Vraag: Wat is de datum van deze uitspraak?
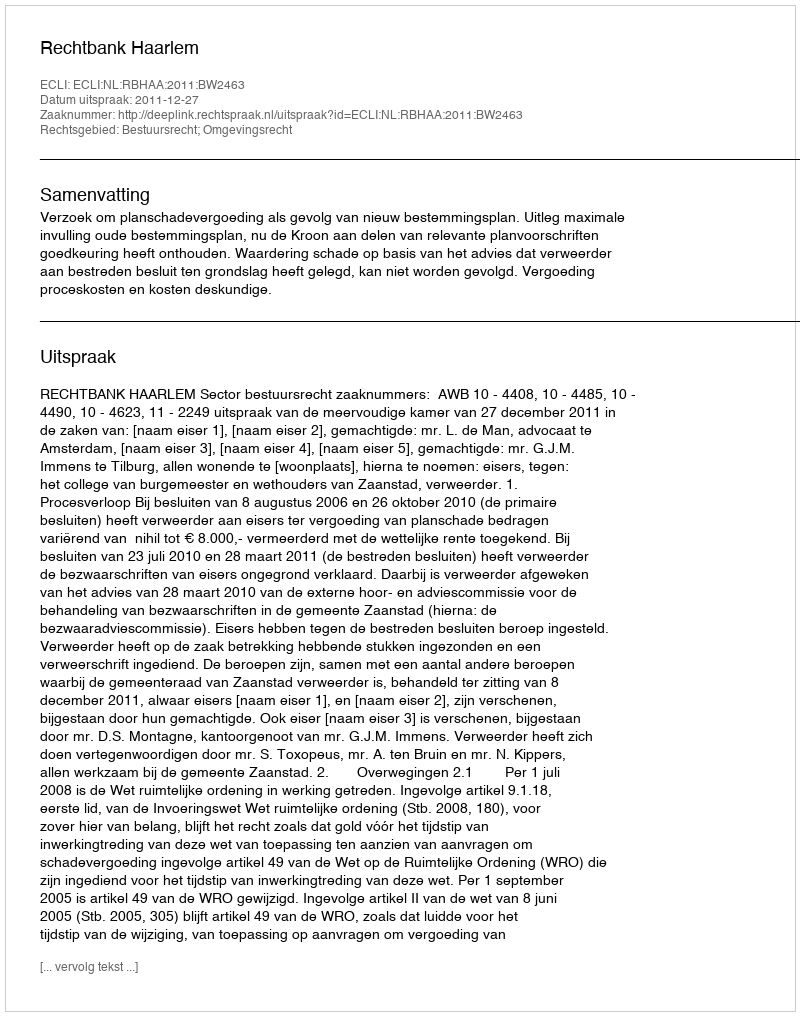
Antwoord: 2011-12-27